Document type: Anniversary endowment
Year: 1486
Scribe: Bartomeu Masons
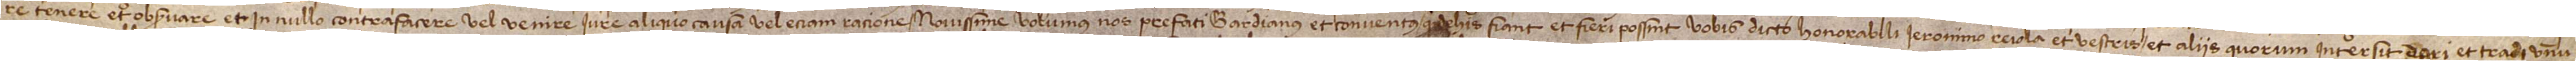
re, tenere et observare et in nullo contrafacere vel venire iure aliquo, causa vel etiam racione. Novissime volumus nos prefati gardianus et conventus quod de his fiant et fieri possint vobis dicto honorabili Ieronimo Reiola et vestris et aliis quorum intersit dari et tradi unum